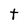
Character: t